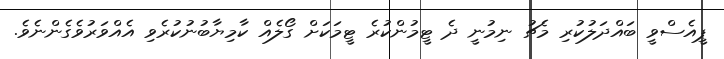
ޕީއެސްވީ ބައްދަލުކުރި މެޗު ނިމުނީ ދެ ޓީމުންކުރެ ޓީމަކަށް ގޯލެއް ކާމިޔާބުނުކުރެވި އެއްވަރުވެގެންނެވެ.